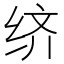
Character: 𬘧